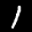
Digit: 1